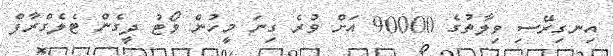
އިނގިރޭސި ވިލާތުގެ 90000 އަށް ވުރެ ގިނަ މީހުން ވޯޓު ދީގެން ޓެލެގްރާފް